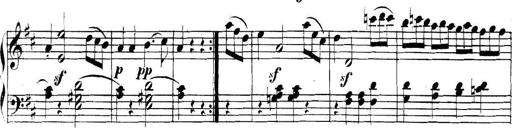
Title: Collected Piano Sonatas
Composer: Muzio Clementi